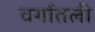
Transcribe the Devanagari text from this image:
वर्गातली